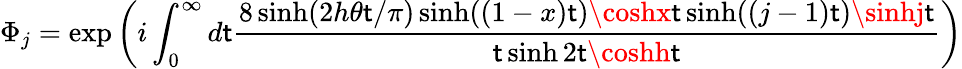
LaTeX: \Phi_{j}=\exp\left(i\int_{0}^{\infty}d\mathsf{t}\frac{{8\sinh(2h\theta\mathsf{t}/\pi)\sinh((1-x)\mathsf{t})\coshx\mathsf{t}\sinh((j-1)\mathsf{t})\sinhj\mathsf{t}}}{{\mathsf{t}\sinh2\mathsf{t}\coshh\mathsf{t}}}\right)